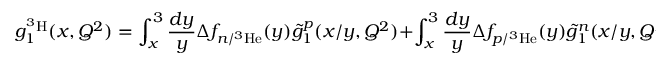
g _ { 1 } ^ { ^ 3 \mathrm { H } } ( x , Q ^ { 2 } ) = \int _ { x } ^ { 3 } \frac { d y } { y } \Delta f _ { n / ^ { 3 } \mathrm { H e } } ( y ) \tilde { g } _ { 1 } ^ { p } ( x / y , Q ^ { 2 } ) + \int _ { x } ^ { 3 } \frac { d y } { y } \Delta f _ { p / ^ { 3 } \mathrm { H e } } ( y ) \tilde { g } _ { 1 } ^ { n } ( x / y , Q ^ { 2 } ) \ .